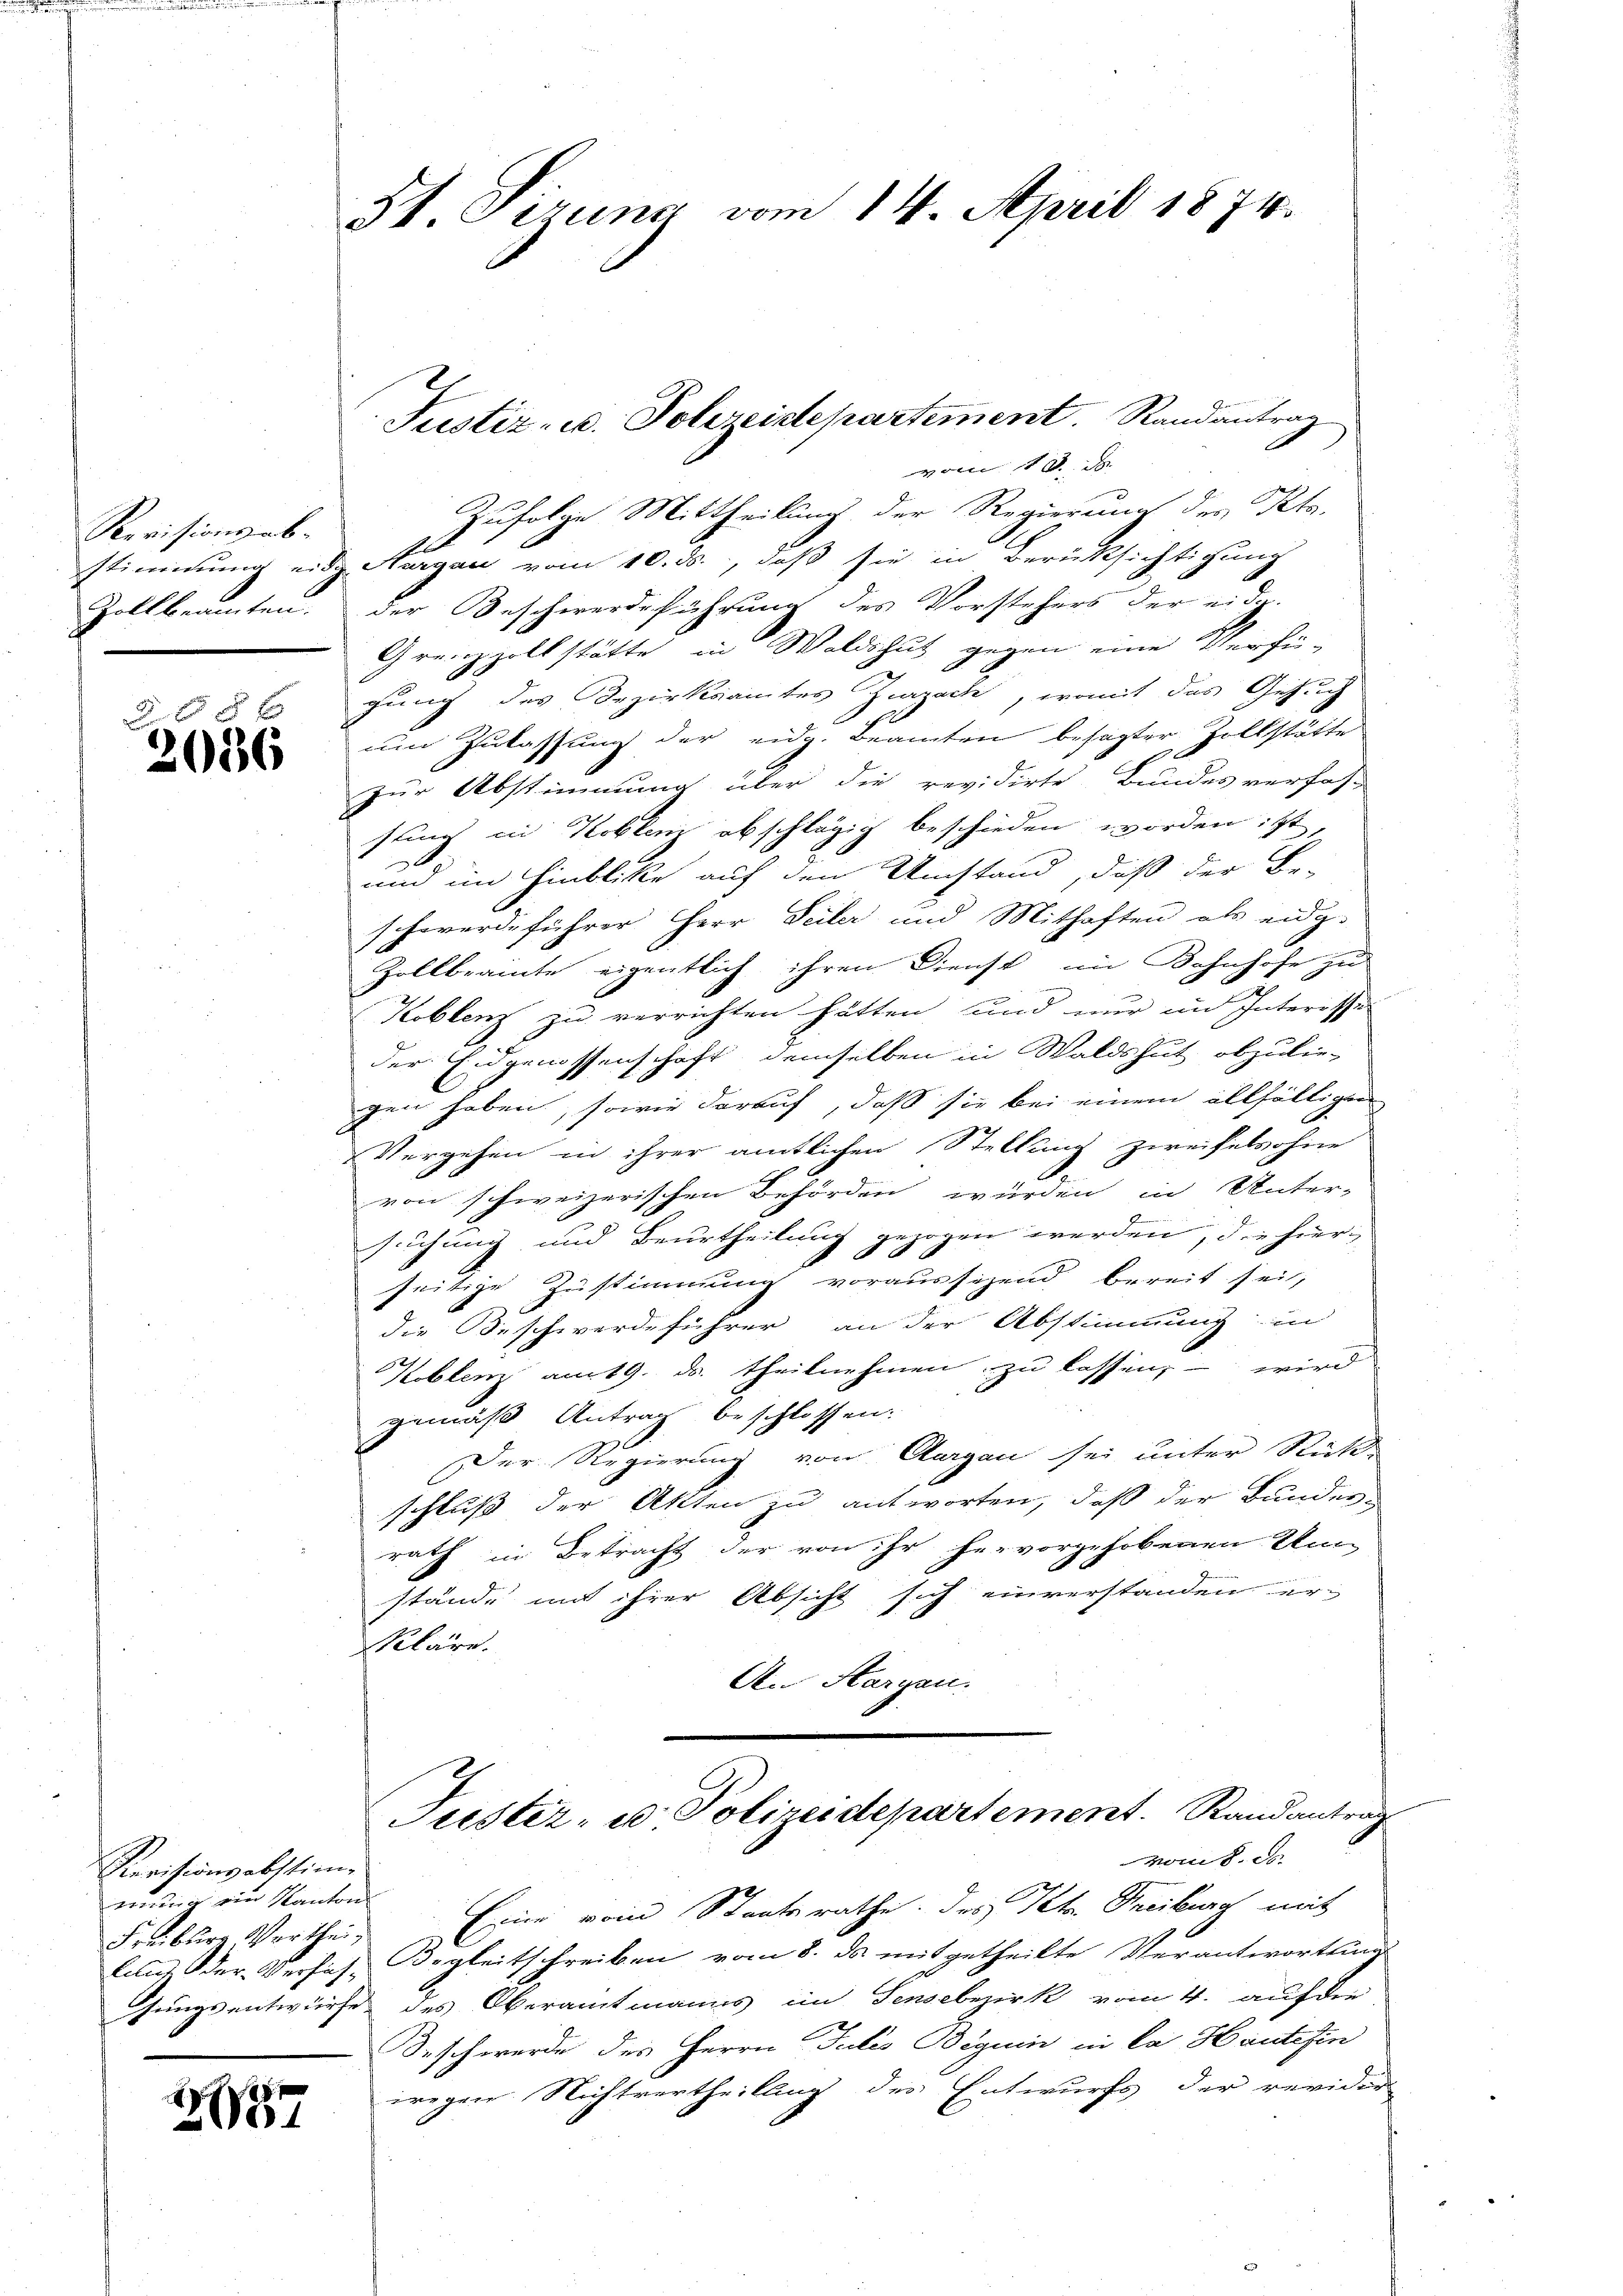
Revisionsabstimmung eid.
Zollbeamten.

d
2086

Revisionsabstimerung ein Kanton
Freiburg Verthei¬

2087

St. Gizung vom 14. April 1874.

Justiz- u. Polizeiste partement. Randantrag

vom 10. J
Zufolge Mittheilung der Regierung des Kts.
 Aargau vom 10. ds., daß sie in Berücksichtigung
der Beschwerdeführung des Vorstehers der eidg.
Grenzzollstätte in Waldshut gegen eine Verfü-
gung des Bezirksamtes Zurzack, womit das Gesuch
um Zulassung der eidg. Beamten besagter Zollstätte
zur Abstimmung über die revidirte Bundes verfas-
sung in Koblenz abschlägig beschieden worden ist,
und im Hinblicke auf den Umstand, daß der Be-
schwerdeführer Herr Teiler und Mithaften als eidg.
Zollbrannte eigentlich ihren Dienst im Bahnhofe zu
Koblenz zu verrichten hätten, und nur im Interessi
der Eidgenossenschaft demselben in Waldshut abzulie-
gen haben, sowie darauf, daß sie bei einem allfälligen
Vergehen in ihrer amtlichen Stellung zweifelsohne
von schweizerischen Behörden würden in Unter-
suchung und Beurtheilung gezogen werden, die hier-
seitige Zustimmung voraussizend bereit sei,
die Beschwerdeführer an der Abstimmung in
Koblenz am 19. ds. theilnehmen zu lassen, – wird
gemäß Antrag beschlossen:
Der Regierung von Aargau sei unter Stück-
schluß der Akten zu antworten, daß der Bunder-
rath in Betracht der von ihr hervorgehobenen Inn
stände mit ihrer Absicht sich einverstanden er-
kläre.
An Hargau.
Justiz- u. Polizeidepartement. Randantrag
vom 8. Se
Eine vom Staatsrathe des Petr. Treiburg mit
lung der Verhas Begleitschreiben vom 8. ds. mitgetheilte Verantwortung
Jungsentwürfe des Oberamtmanns im Sensebezirk vom 4. auf der
Beschwerde des Herrn Teiles Beguin in la Hautesin
wegen Nichtvertheilung des Entwurfs der revidir